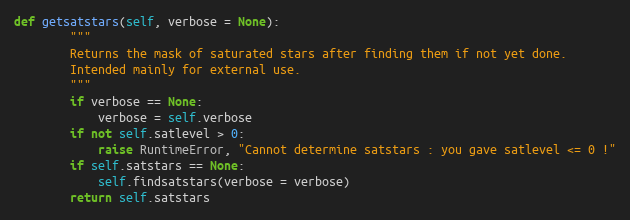
Language: Python
def getsatstars(self, verbose = None):
        """
        Returns the mask of saturated stars after finding them if not yet done.
        Intended mainly for external use.
        """
        if verbose == None:
            verbose = self.verbose
        if not self.satlevel > 0:
            raise RuntimeError, "Cannot determine satstars : you gave satlevel <= 0 !"
        if self.satstars == None:
            self.findsatstars(verbose = verbose)
        return self.satstars